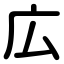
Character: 広